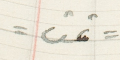
=تمت=